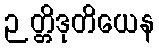
ဉတ္တိဒုတိယေန